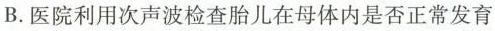
B.医院利用次声波检查胎儿在母体内是否正常发育